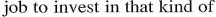
job to invest in that kind of